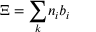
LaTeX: \Xi = { \sum _ { k } } n _ { i } { b } _ { i }